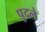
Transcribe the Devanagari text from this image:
पूदले